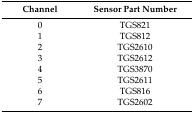
<table><thead><tr><td><b>Channel</b></td><td><b>Sensor Part Number</b></td></tr></thead><tbody><tr><td>0</td><td>TGS821</td></tr><tr><td>1</td><td>TGS812</td></tr><tr><td>2</td><td>TGS2610</td></tr><tr><td>3</td><td>TGS2612</td></tr><tr><td>4</td><td>TGS3870</td></tr><tr><td>5</td><td>TGS2611</td></tr><tr><td>6</td><td>TGS816</td></tr><tr><td>7</td><td>TGS2602</td></tr></tbody></table>